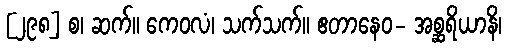
[၂၉၈] စ၊ ဆက်။ ကေဝလံ၊ သက်သက်။ ဧတာနေဝ- အစ္ဆရိယာနိ၊